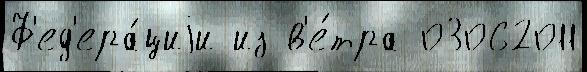
Ф'ед'ера́циjи из в'е́тра 03062011